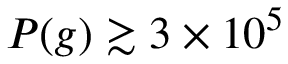
P ( g ) \gtrsim 3 \times 1 0 ^ { 5 }